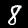
Digit: 8